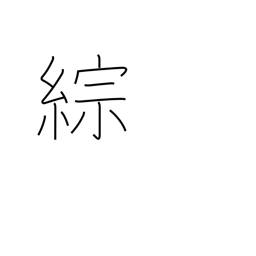
Meaning: synthesize